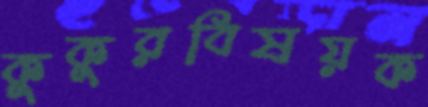
কুকুরবিষয়ক